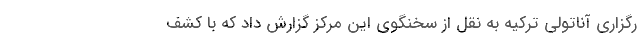
رگزاری آناتولی ترکیه به نقل از سخنگوی این مرکز گزارش داد که با کشف